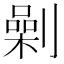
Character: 劋